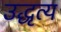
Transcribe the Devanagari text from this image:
उद्धृत्य